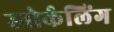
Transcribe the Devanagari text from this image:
स्‍नोर्कलिंग